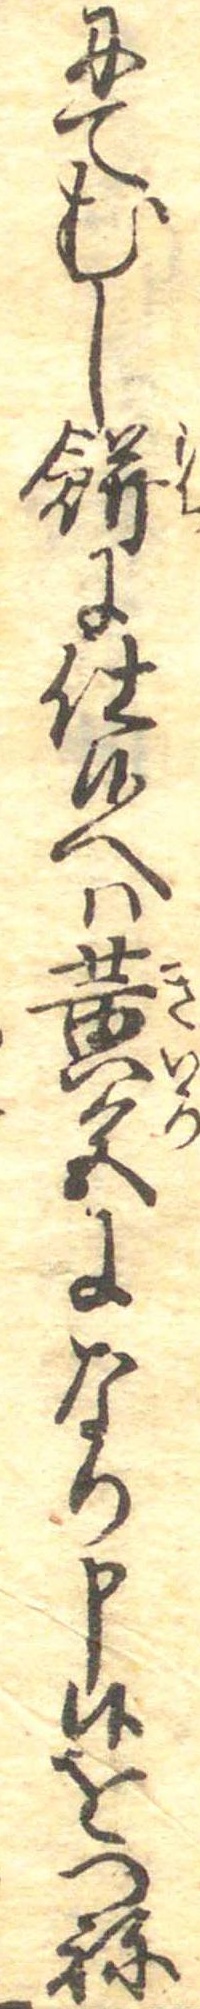
にてむし餅に仕候へは黄色になり申候をつね